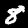
Label: 8